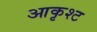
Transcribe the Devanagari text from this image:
आकृश्ट